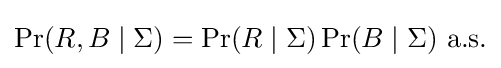
\Pr(R,B\mid \Sigma )=\Pr(R\mid \Sigma )\Pr(B\mid \Sigma ){\text{ a.s.}}